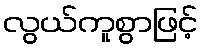
လွယ်ကူစွာဖြင့်